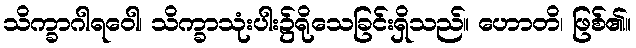
သိက္ခာဂါရဝေါ၊ သိက္ခာသုံးပါး၌ရိုသေခြင်းရှိသည်။ ဟောတိ၊ ဖြစ်၏။